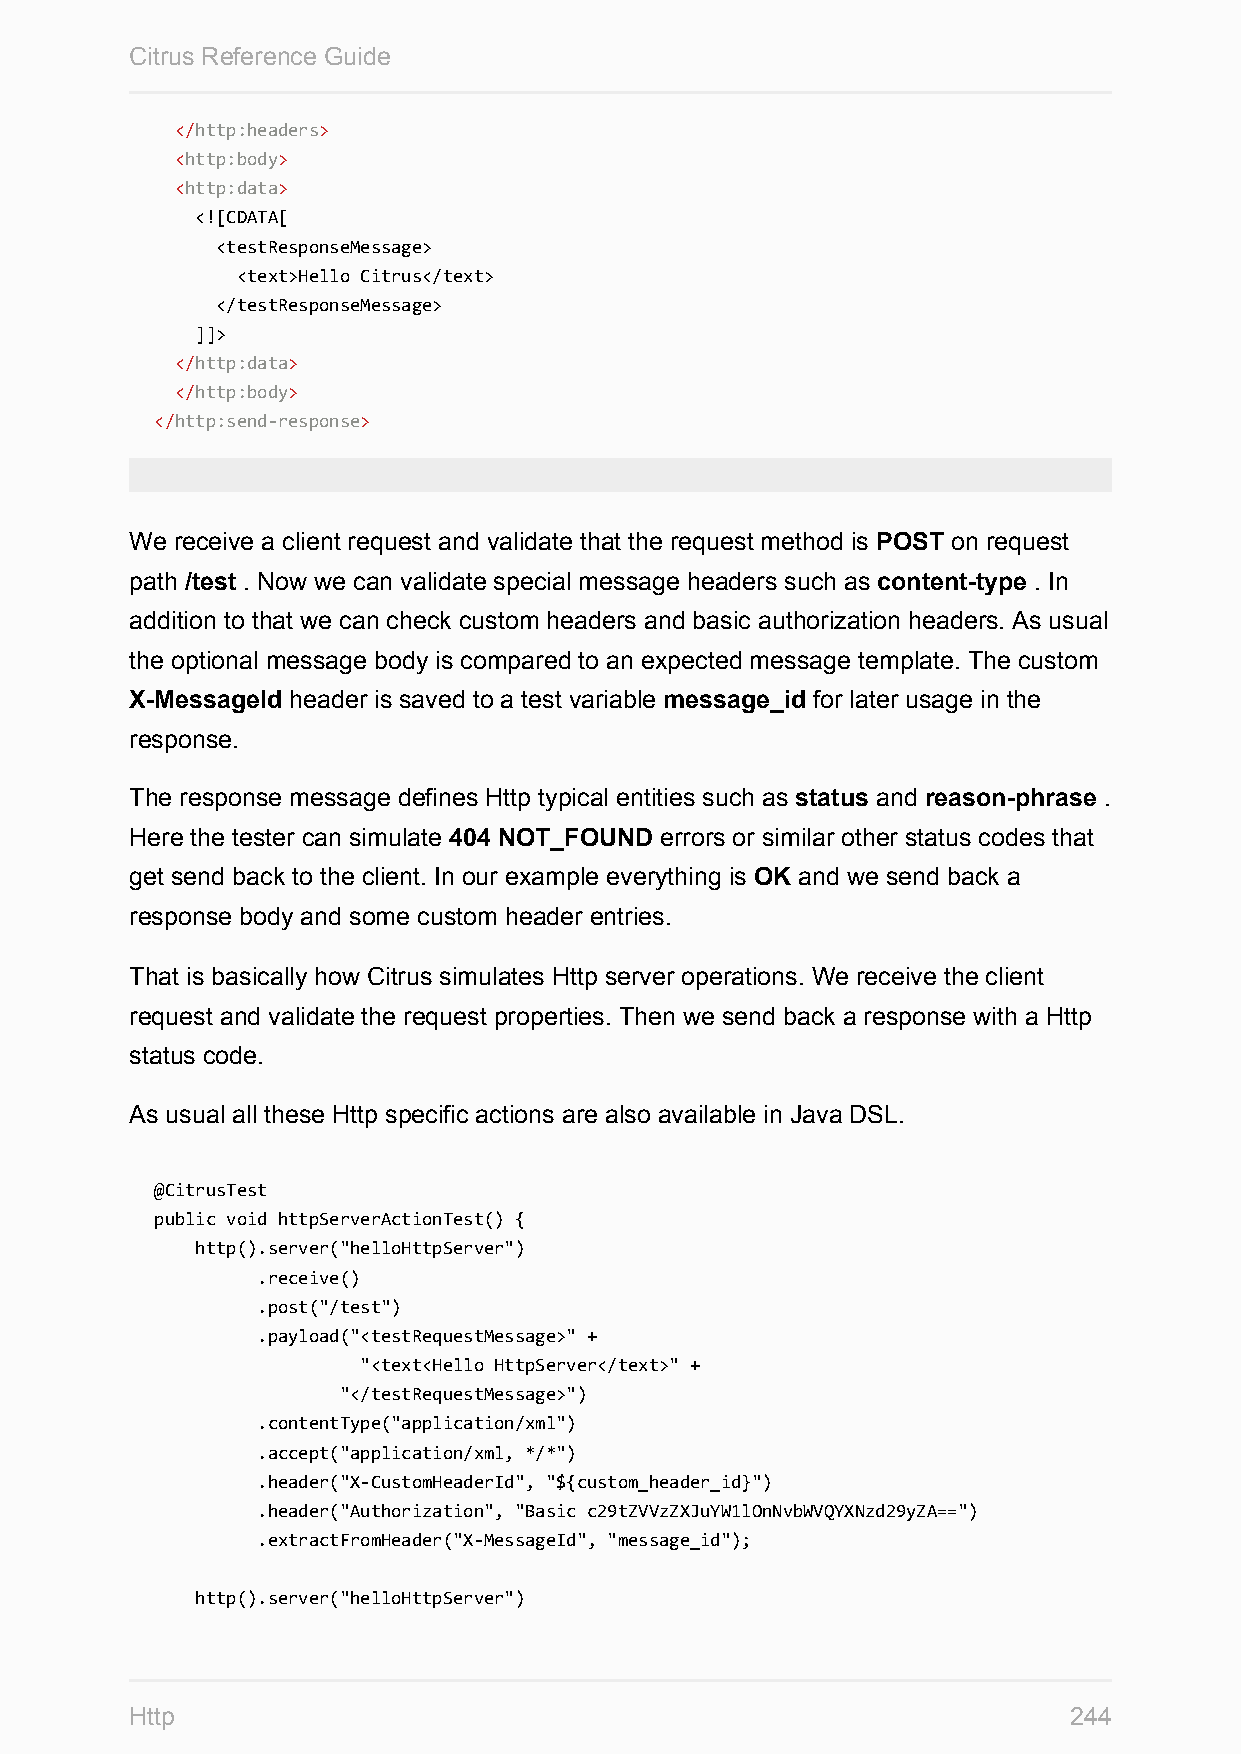
Citrus Reference Guide
 </http:headers>
 <http:body>
 <http:data>
 <![CDATA[
 <testResponseMessage>
 <text>Hello Citrus</text>
 </testResponseMessage>
 ]]>
 </http:data>
 </http:body>
 </http:send-response>
 We receive a client request and validate that the request method is POST on request
 path /test . Now we can validate special message headers such as content-type . In
 addition to that we can check custom headers and basic authorization headers. As usual
 the optional message body is compared to an expected message template. The custom
 X-MessageId header is saved to a test variable message_id for later usage in the
 response.
 The response message defines Http typical entities such as status and reason-phrase .
 Here the tester can simulate 404 NOT_FOUND errors or similar other status codes that
 get send back to the client. In our example everything is OK and we send back a
 response body and some custom header entries.
 That is basically how Citrus simulates Http server operations. We receive the client
 request and validate the request properties. Then we send back a response with a Http
 status code.
 As usual all these Http specific actions are also available in Java DSL.
 @CitrusTest
 public void httpServerActionTest() {
 http().server("helloHttpServer")
 .receive()
 .post("/test")
 .payload("<testRequestMessage>" +
 "<text<Hello HttpServer</text>" +
 "</testRequestMessage>")
 .contentType("application/xml")
 .accept("application/xml, */*")
 .header("X-CustomHeaderId", "${custom_header_id}")
 .header("Authorization", "Basic c29tZVVzZXJuYW1lOnNvbWVQYXNzd29yZA==")
 .extractFromHeader("X-MessageId", "message_id");
 http().server("helloHttpServer")
 Http                                                          244